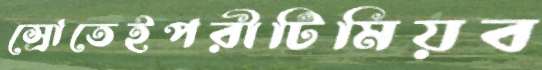
স্রোতেইপরীটিমিয়ব